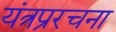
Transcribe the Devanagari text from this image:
यंत्रप्ररचना